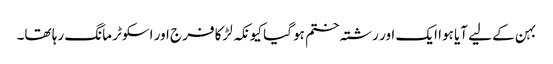
بہن کے لیے آیا ہوا ایک اور رشتہ ختم ہو گیا کیونکہ لڑکا فرج اور اسکوٹر مانگ رہا تھا۔